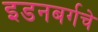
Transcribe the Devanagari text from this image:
इडनबर्गचे